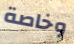
وخاصة